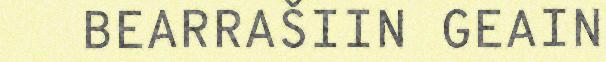
BEARRAŠIIN GEAIN